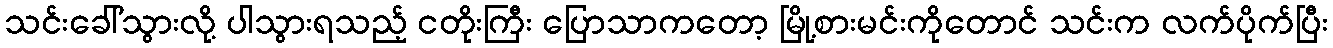
သင်းခေါ်သွားလို့ ပါသွားရသည့် ငတိုးကြီး ပြောသာကတော့ မြို့စားမင်းကိုတောင် သင်းက လက်ပိုက်ပြီး